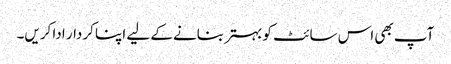
آپ بھی اس سائٹ کو بہتر بنانے کے لیے اپنا کردار ادا کریں۔